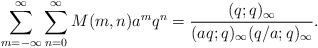
LaTeX: \begin{align*}\sum_{m=-\infty}^{\infty}\sum_{n=0}^{\infty}M(m,n)a^mq^n=\frac{(q;q)_{\infty}}{(aq;q)_{\infty}(q/a;q)_{\infty}}. \end{align*}